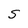
Character: S